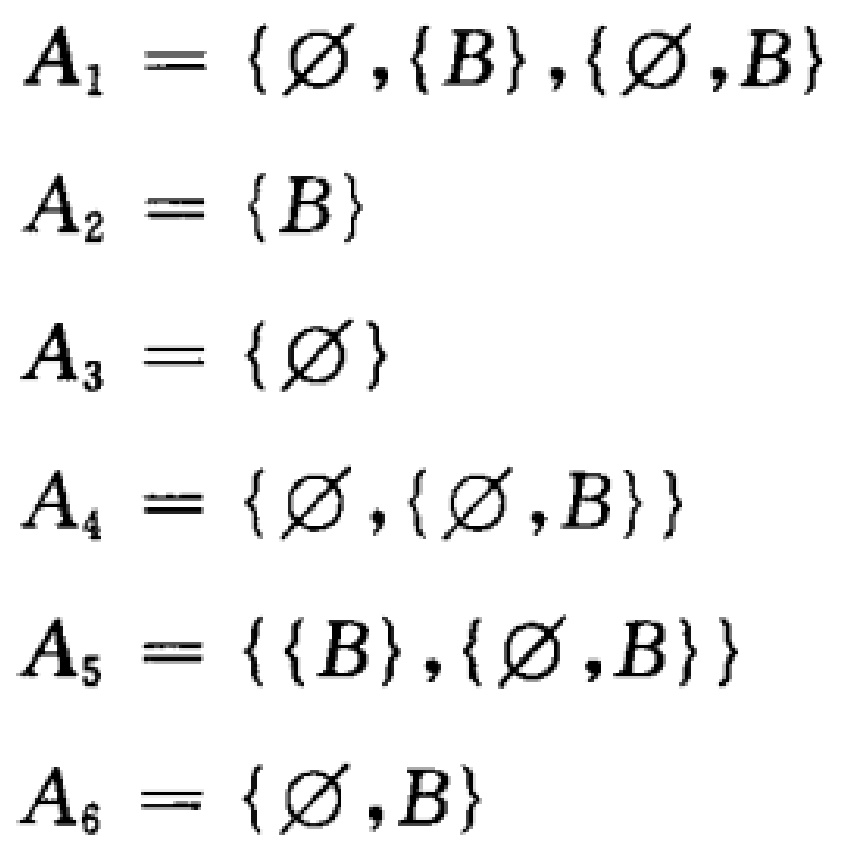
\begin{align*}
\mathbf{A}_1&=\{\varnothing,\{B\},\{\varnothing,B\}\}\\
\mathbf{A}_2&=\{B\}\\
\mathbf{A}_3&=\{\varnothing\}\\
\mathbf{A}_4&=\{\varnothing,\{\varnothing,B\}\}\\
\mathbf{A}_5&=\{\{B\},\{\varnothing,B\}\}\\
\mathbf{A}_6&=\{\varnothing,B\}
\end{align*}